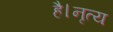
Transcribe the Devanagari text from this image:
है।नृत्य